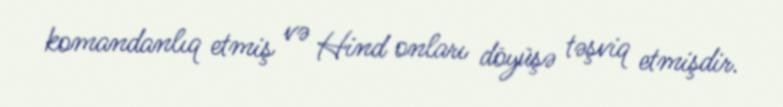
komandanlıq etmiş və Hind onları döyüşə təşviq etmişdir.